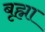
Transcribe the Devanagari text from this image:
बृह्मा